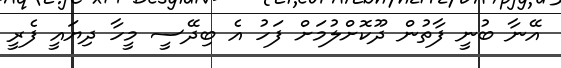
އޭނާ ބުނީ ފާތުން ދޫކޮށްލުމަށް ފަހު އެ ބިދޭސީ މީހާ ދިޔައީ ފެރީ